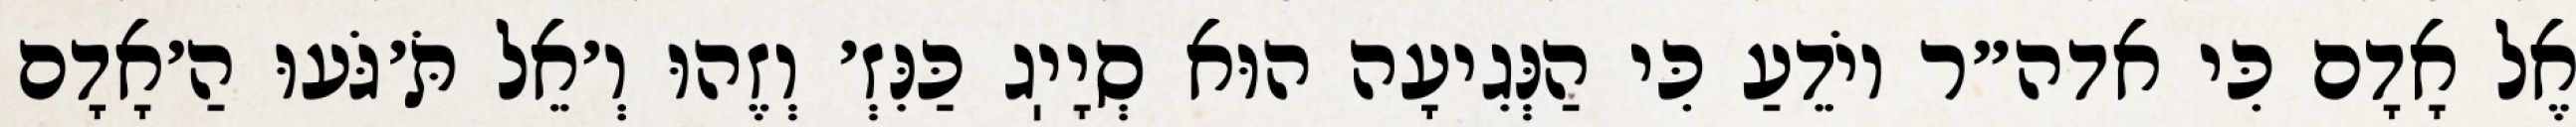
אֶל אָדָם כִּי אדה״ר יוֹדֵעַ כִּי הַנְּגִיעָה הוּא סְיָיֽג כַּנִּזְ׳ וְזֶהוּ וְ׳אֵל תֹּ׳גֹּעוּ הַ׳אָדָם